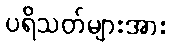
ပရိသတ်များအား